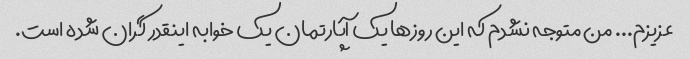
عزیزم... من متوجه نشدم که این روزها یک آپارتمان یک خوابه اینقدر گران شده است.